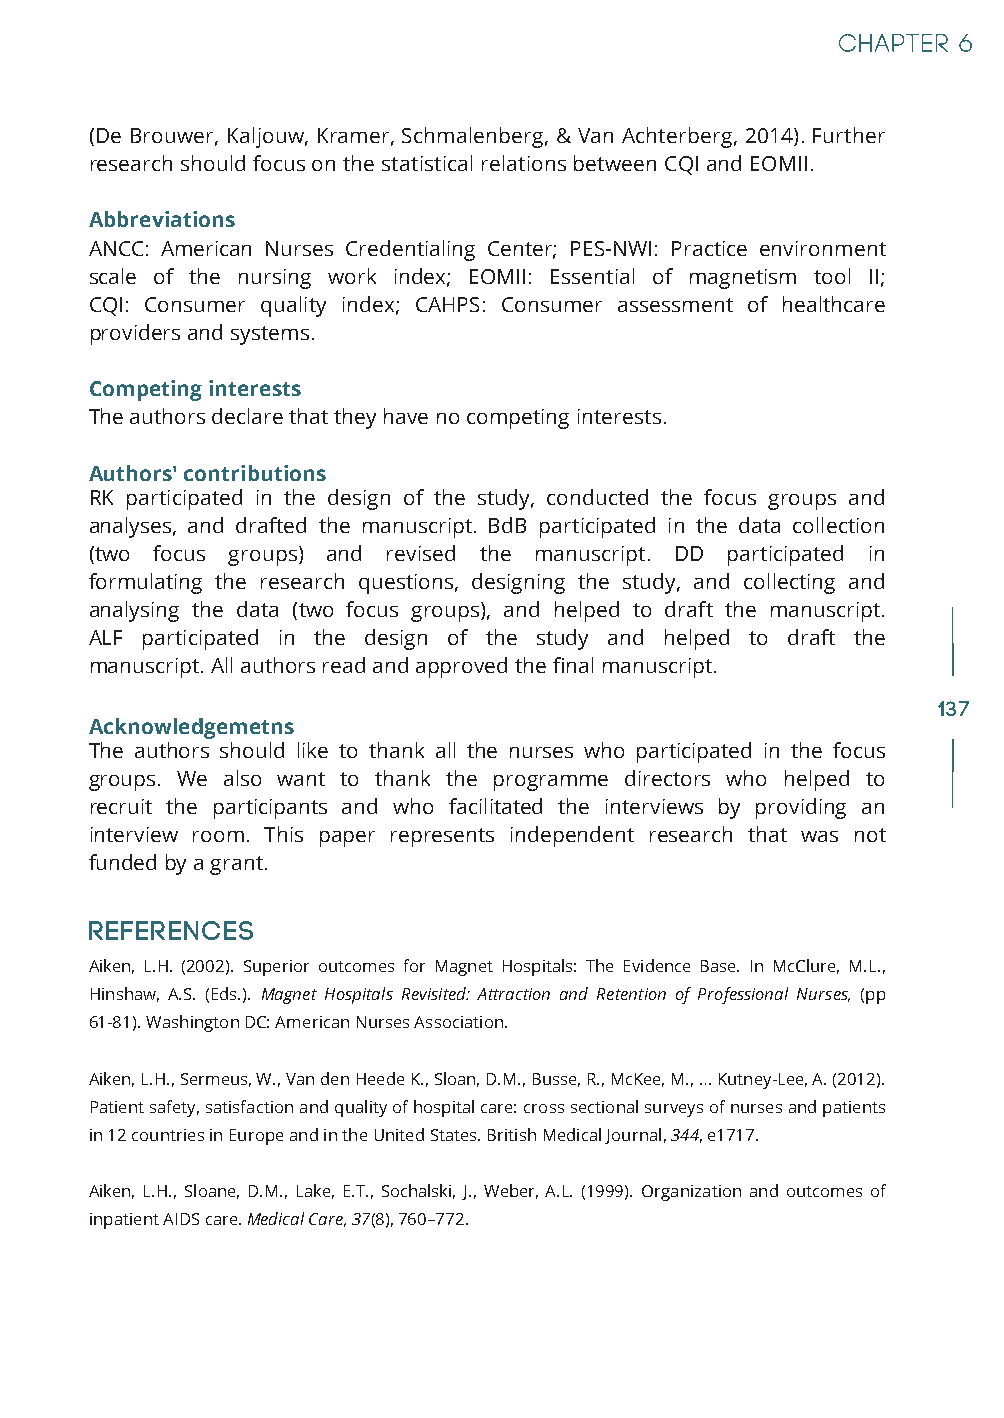
(De Brouwer, Kaljouw, Kramer, Schmalenberg, & Van Achterberg, 2014). Further
 research should focus on the statistical relations between CQI and EOMII.
 Abbreviations
 ANCC: American Nurses Credentialing Center; PES-NWI: Practice environment
 scale of the nursing work index; EOMII: Essential of magnetism tool II;
 CQI: Consumer quality index; CAHPS: Consumer assessment of healthcare
 providers and systems.
 Competing interests
 The authors declare that they have no competing interests.
 Authors' contributions
 RK participated in the design of the study, conducted the focus groups and
 analyses, and drafted the manuscript. BdB participated in the data collection
 (two focus groups) and revised the manuscript. DD participated in
 formulating the research questions, designing the study, and collecting and
 analysing the data (two focus groups), and helped to draft the manuscript.
 ALF participated in the design of the study and helped to draft the
 manuscript. All authors read and approved the final manuscript.
 137
 Acknowledgemetns
 The authors should like to thank all the nurses who participated in the focus
 groups. We also want to thank the programme directors who helped to
 recruit the participants and who facilitated the interviews by providing an
 interview room. This paper represents independent research that was not
 funded by a grant.
 References
 Aiken, L.H. (2002). Superior outcomes for Magnet Hospitals: The Evidence Base. In McClure, M.L.,
 Hinshaw, A.S. (Eds.). Magnet Hospitals Revisited: Attraction and Retention of Professional Nurses, (pp
 61-81). Washington DC: American Nurses Association.
 Aiken, L.H., Sermeus, W., Van den Heede K., Sloan, D.M., Busse, R., McKee, M., … Kutney-Lee, A. (2012).
 Patient safety, satisfaction and quality of hospital care: cross sectional surveys of nurses and patients
 in 12 countries in Europe and in the United States. British Medical Journal, 344, e1717.
 Aiken, L.H., Sloane, D.M., Lake, E.T., Sochalski, J., Weber, A.L. (1999). Organization and outcomes of
 inpatient AIDS care. Medical Care, 37(8), 760–772.